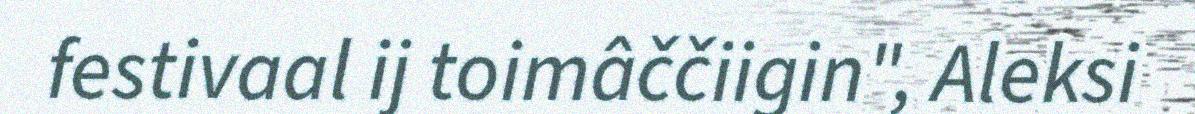
festivaal ij toimâččiigin", Aleksi